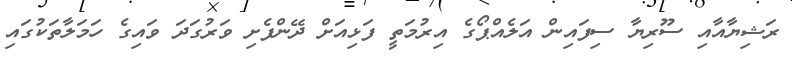
ރަޝިޔާއާއި ސޫރިޔާ ސިފައިން އަލެއްޕޯގެ އިރުމަތީ ފަޅިއަށް ދޭންފެށި ވަރުގަދަ ވައިގެ ހަމަލާތަކުގައި